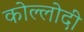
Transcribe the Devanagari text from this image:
कोल्लोदी